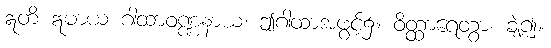
ဣတိ ဣမာယ ဂါထာဝဏ္ဏနာယ၊ ဤဂါထာအဖွင့်၌။ ဝိတ္ထာရေတွာ၊ ချဲ့၍။